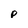
Character: p